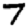
Digit: 7